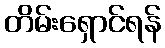
တိမ်းရှောင်ရန်